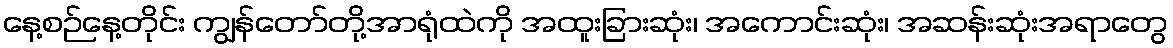
နေ့စဉ်နေ့တိုင်း ကျွန်တော်တို့အာရုံထဲကို အထူးခြားဆုံး၊ အကောင်းဆုံး၊ အဆန်းဆုံးအရာတွေ